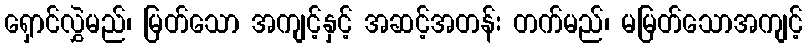
ရှောင်လွှဲမည်၊ မြတ်သော အကျင့်နှင့် အဆင့်အတန်း တက်မည်၊ မမြတ်သောအကျင့်